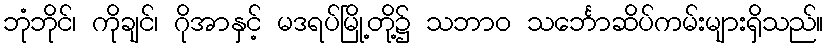
ဘုံဘိုင်၊ ကိုချင်၊ ဂိုအာနှင့် မဒရပ်မြို့တို့၌ သဘာဝ သင်္ဘောဆိပ်ကမ်းများရှိသည်။